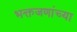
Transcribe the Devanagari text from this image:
भक्तजणांच्या